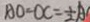
A O = O C = \frac { 1 } { 2 } A